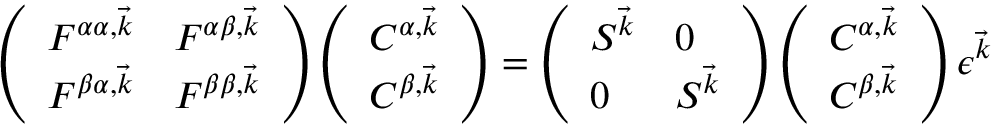
\begin{array} { r } { \left( \begin{array} { l l } { \boldsymbol { F } ^ { \alpha \alpha , \vec { k } } } & { \boldsymbol { F } ^ { \alpha \beta , \vec { k } } } \\ { \boldsymbol { F } ^ { \beta \alpha , \vec { k } } } & { \boldsymbol { F } ^ { \beta \beta , \vec { k } } } \end{array} \right) \left( \begin{array} { l } { \boldsymbol { C } ^ { \alpha , \vec { k } } } \\ { \boldsymbol { C } ^ { \beta , \vec { k } } } \end{array} \right) = \left( \begin{array} { l l } { \boldsymbol { S } ^ { \vec { k } } } & { \boldsymbol { 0 } } \\ { \boldsymbol { 0 } } & { \boldsymbol { S } ^ { \vec { k } } } \end{array} \right) \left( \begin{array} { l } { \boldsymbol { C } ^ { \alpha , \vec { k } } } \\ { \boldsymbol { C } ^ { \beta , \vec { k } } } \end{array} \right) \boldsymbol { \epsilon } ^ { \vec { k } } \quad } \end{array}